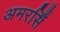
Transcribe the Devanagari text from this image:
अमरसिँ